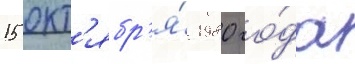
15 окт'ябр'я́ 1980 го́да